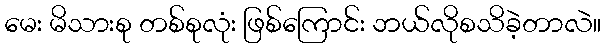
မေး မိသားစု တစ်စုလုံး ဖြစ်ကြောင်း ဘယ်လိုစသိခဲ့တာလဲ။